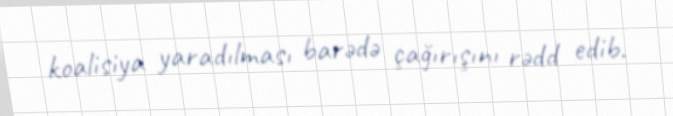
koalisiya yaradılması barədə çağırışını rədd edib.